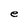
Character: e